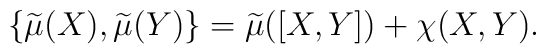
\{\widetilde{\mu}(X),\widetilde{\mu}(Y)\}=\widetilde{\mu}([X,Y])        +\chi(X,Y).